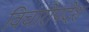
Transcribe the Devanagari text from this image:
विचारोपदेश